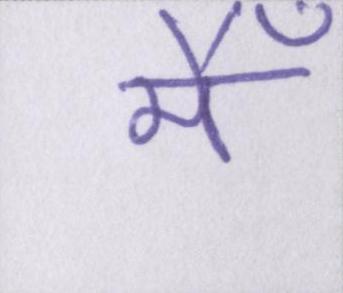
मैँ